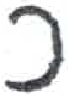
אות: כ